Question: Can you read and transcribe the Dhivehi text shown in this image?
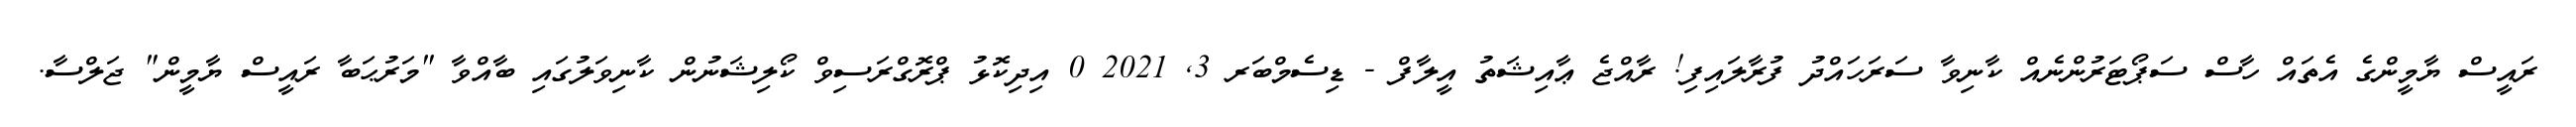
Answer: ރައީސް ޔާމީންގެ އެތައް ހާސް ސަޕޯޓަރުންނެއް ކާނިވާ ސަރަހައްދު ފުރާލައިފި! ރާއްޖެ ޢާއިޝަތު އީލާފް - ޑިސެމްބަރ 3, 2021 0 އިދިކޮޅު ޕްރޮގްރަސިވް ކޯލިޝަނުން ކާނިވަލުގައި ބާއްވާ "މަރުޙަބާ ރައީސް ޔާމީން" ޖަލްސާ.